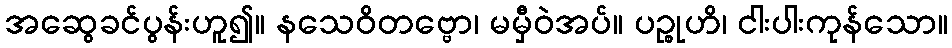
အဆွေခင်ပွန်းဟူ၍။ နသေဝိတဗ္ဗော၊ မမှီဝဲအပ်။ ပဉ္စုဟိ၊ ငါးပါးကုန်သော။